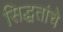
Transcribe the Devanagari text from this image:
सिद्धतांचे